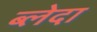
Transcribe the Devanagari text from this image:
ब्लेदा